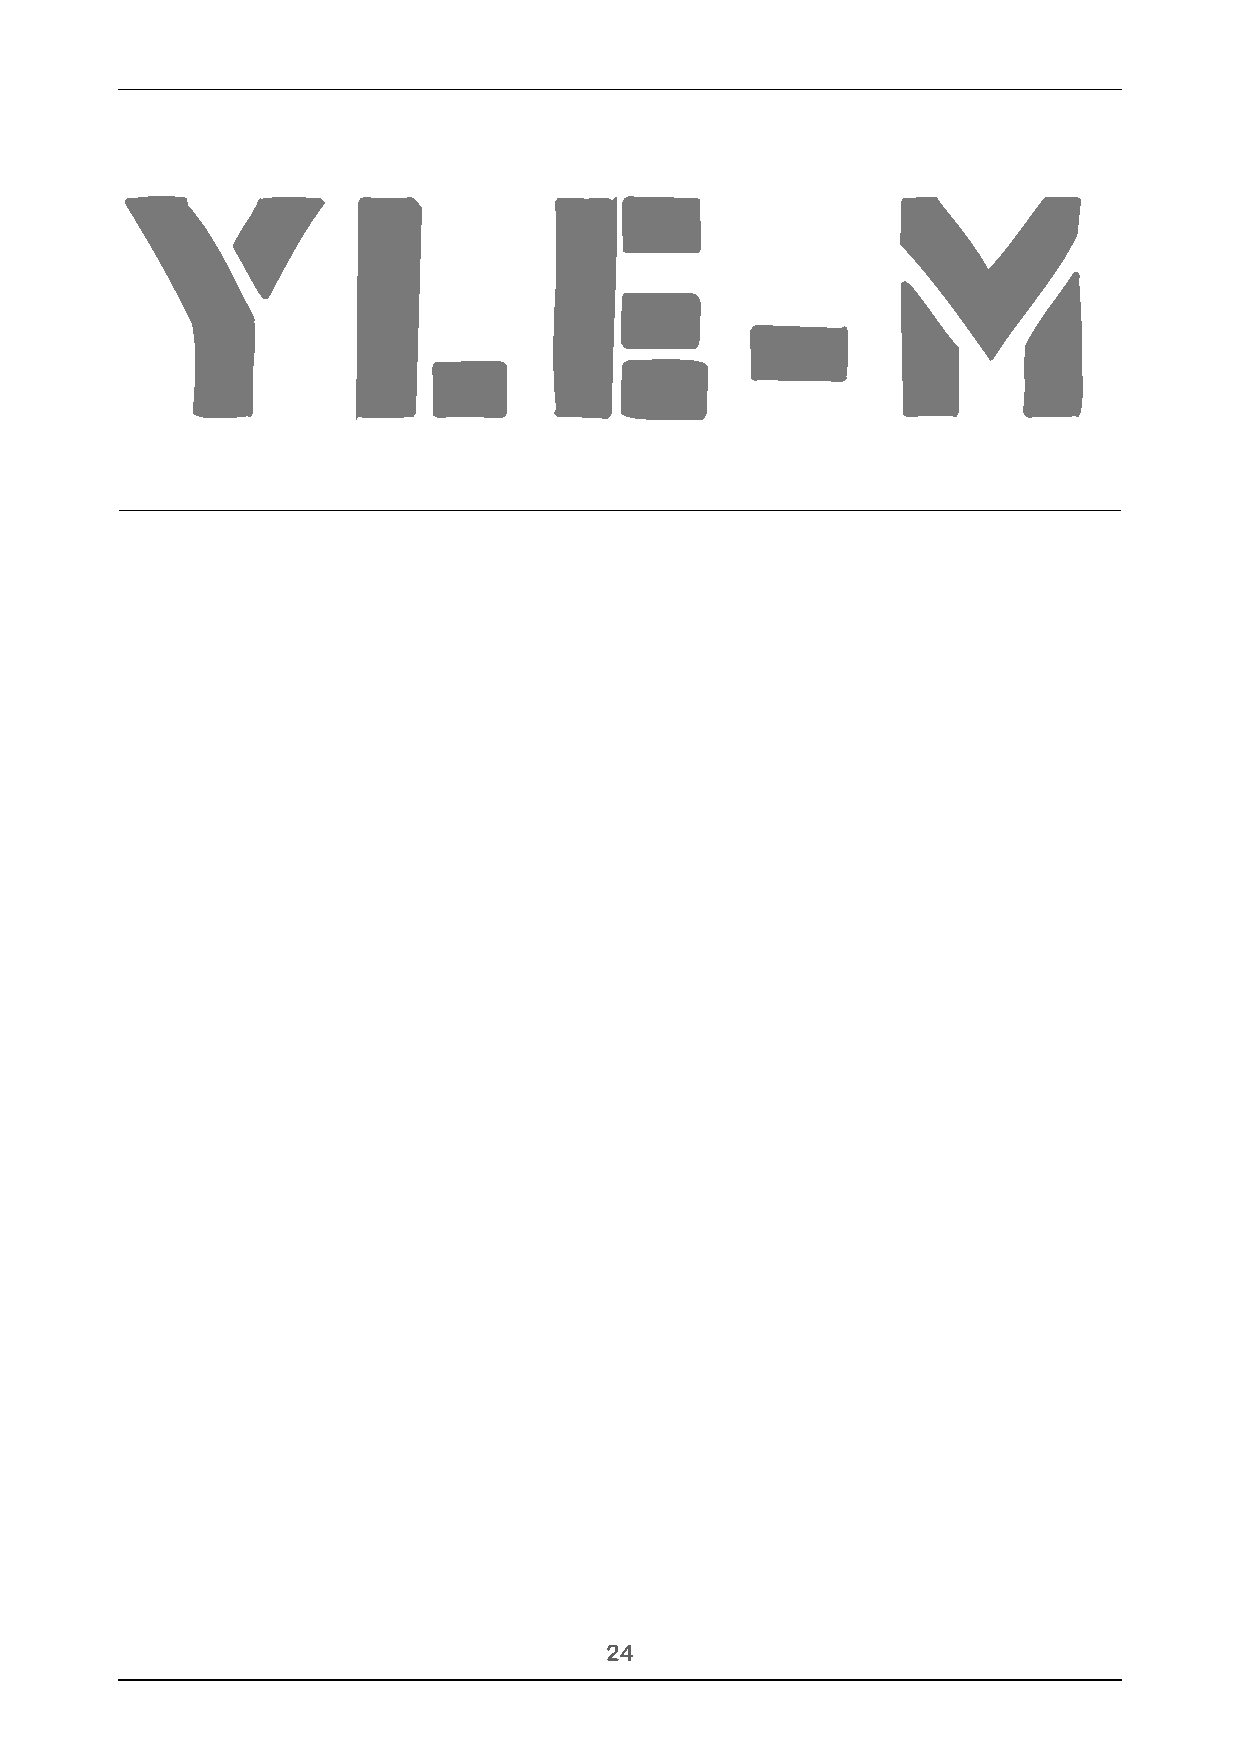
Y             L            E            -         M
 !24